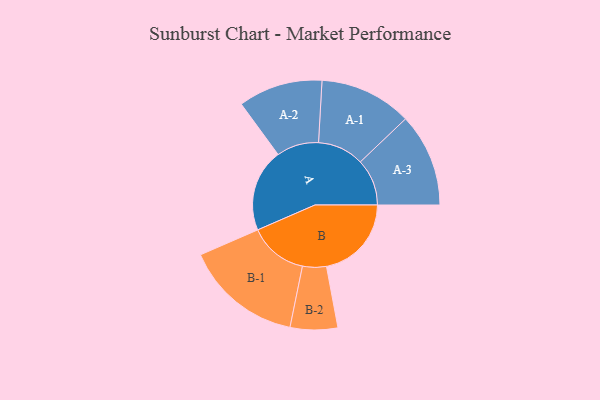
{"axis": {"x": "Segment", "y": "Value"}, "legend": ["", "A", "B"], "data": [{"x": "A", "y": 408, "type": ""}, {"x": "B", "y": 419, "type": ""}, {"x": "A-1", "y": 228, "type": "A"}, {"x": "A-2", "y": 208, "type": "A"}, {"x": "A-3", "y": 230, "type": "A"}, {"x": "B-1", "y": 290, "type": "B"}, {"x": "B-2", "y": 117, "type": "B"}]}